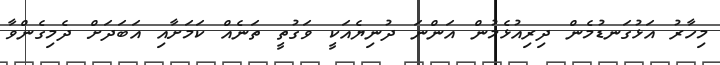
މިހާރު އަޅުގަނޑުމެން ދިރިއުޅެމުން އަންނަ ދުނިޔެއަކީ ވަގުތީ ތަނެއް ކަމަށާއި އަބަދަށް ދެމިގެންވާ